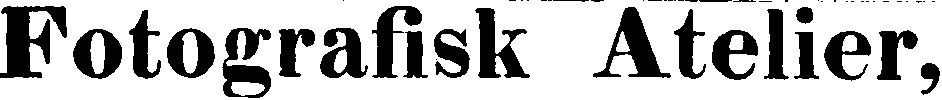
Fotografisk Atelier,